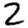
Digit: 2